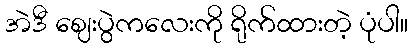
အဲဒီ ဈေးပွဲကလေးကို ရိုက်ထားတဲ့ ပုံပါ။